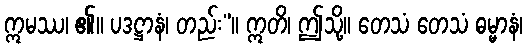
ဣမဿ၊ ၏။ ပဒဋ္ဌာနံ၊ တည်း”။ ဣတိ၊ ဤသို့။ တေသံ တေသံ ဓမ္မာနံ၊